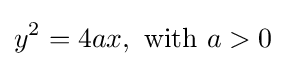
y^{2}=4ax,{\text{ with }}a>0